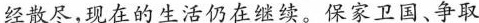
经散尽，现在的生活仍在继续。保家卫国、争取